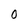
Character: 0